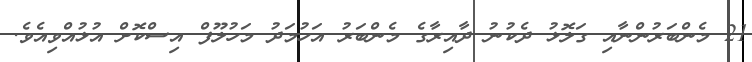
21 މެންބަރުންނާއި ގަލޮޅު ދެކުނު ދާއިރާގެ މެންބަރު އަހުމަދު މަހުލޫފް އިސްކޮށް އުޅުއްވިއެވެ.